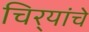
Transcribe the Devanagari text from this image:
चिर्‍यांचे